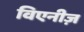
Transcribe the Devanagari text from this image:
विएनीज़